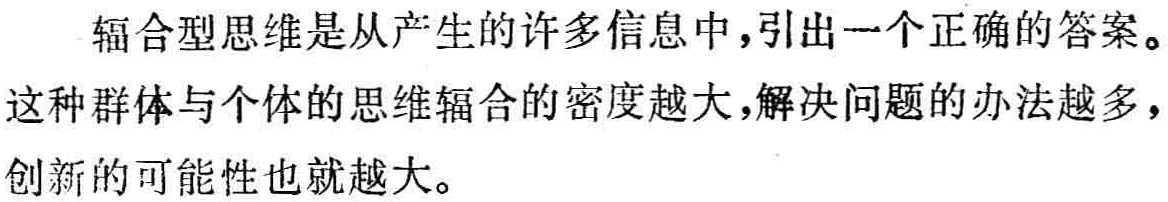
辐合型思维是从产生的许多信息中，引出一个正确的答案。这种群体与个体的思维辐合的密度越大，解决问题的办法越多，创新的可能性也就越大。